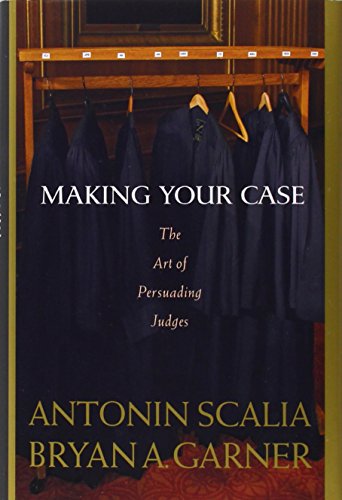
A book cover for Making Your Case: The Art of Persuading Judges; Antonin Scalia; Law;